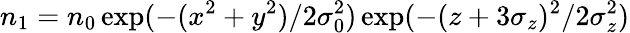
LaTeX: n_{1}=n_{0}\exp(-(x^{2}+y^{2})/2\sigma_{0}^{2})\exp(-(z+3\sigma_{z})^{2}/2\sigma_{z}^{2})